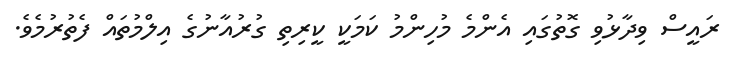
ރައީސް ވިދާޅުވި ގޮތުގައި އެންމެ މުހިންމު ކަމަކީ ކީރިތި ގުރުއާނުގެ އިލްމުތައް ފެތުރުމެވެ.